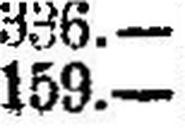
159.—